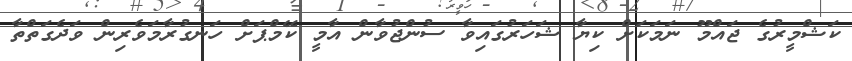
ކަޝްމީރުގެ ޖައްމޫ ނަމަކަށް ކިޔާ ޝަހަރުގައިވާ ސުންޖުވާން އާމީ ކޭމްޕަށް ހަނގުރާމަވެރިން ވަދެގަތްތާ